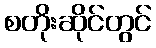
စတိုးဆိုင်တွင်